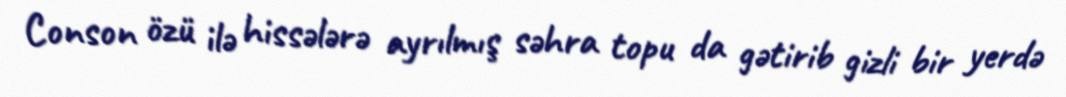
Conson özü ilə hissələrə ayrılmış səhra topu da gətirib gizli bir yerdə